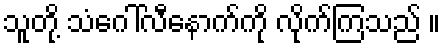
သူတို့ သံဂေါ်လီနောက်ကို လိုက်ကြသည် ။